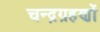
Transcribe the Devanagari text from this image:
चन्द्रग्रहणों